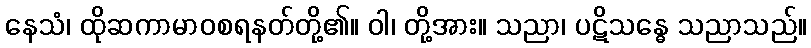
နေသံ၊ ထိုဆကာမာဝစရနတ်တို့၏။ ဝါ၊ တို့အား။ သညာ၊ ပဋိသန္ဓေ သညာသည်။